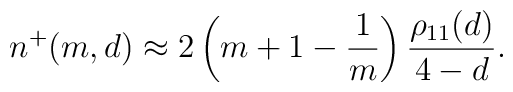
n^+(m,d) \approx 2\left(m+1- {1 \over m}\right){\rho_{11}(d) \over 4-d}.